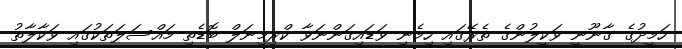
ހަމީދުގެ ގާނޫނީ ވަކީލުންގެ ތެރޭގައި ހިމެނި ވަޑައިގަންނަވާ ކްރިމިނަލް ބޮޑެތި މައްސަލަތަކުގައި ވަކާލާތު